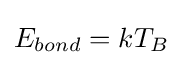
E_{bond}=kT_{B}